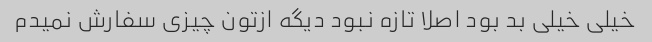
خیلی خیلی بد بود اصلا تازه نبود دیگه ازتون چیزی سفارش نمیدم